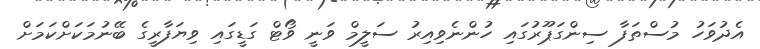
އެދުވަހު މުސްތަފާ ސިންގަޕޫރުގައި ހުންނެވިއިރު ސަލީމް ވަނީ ވޯޓް ގަޑީގައި ވިޔަފާރީގެ ބޭނުމަކަށްކަމަށް